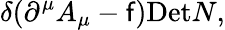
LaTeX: \delta(\partial^{\mu}A_{\mu}-\mathsf{f})\mathrm{{Det}}N,